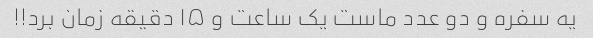
یه سفره و دو عدد ماست یک ساعت و ۱۵ دقیقه زمان برد!!